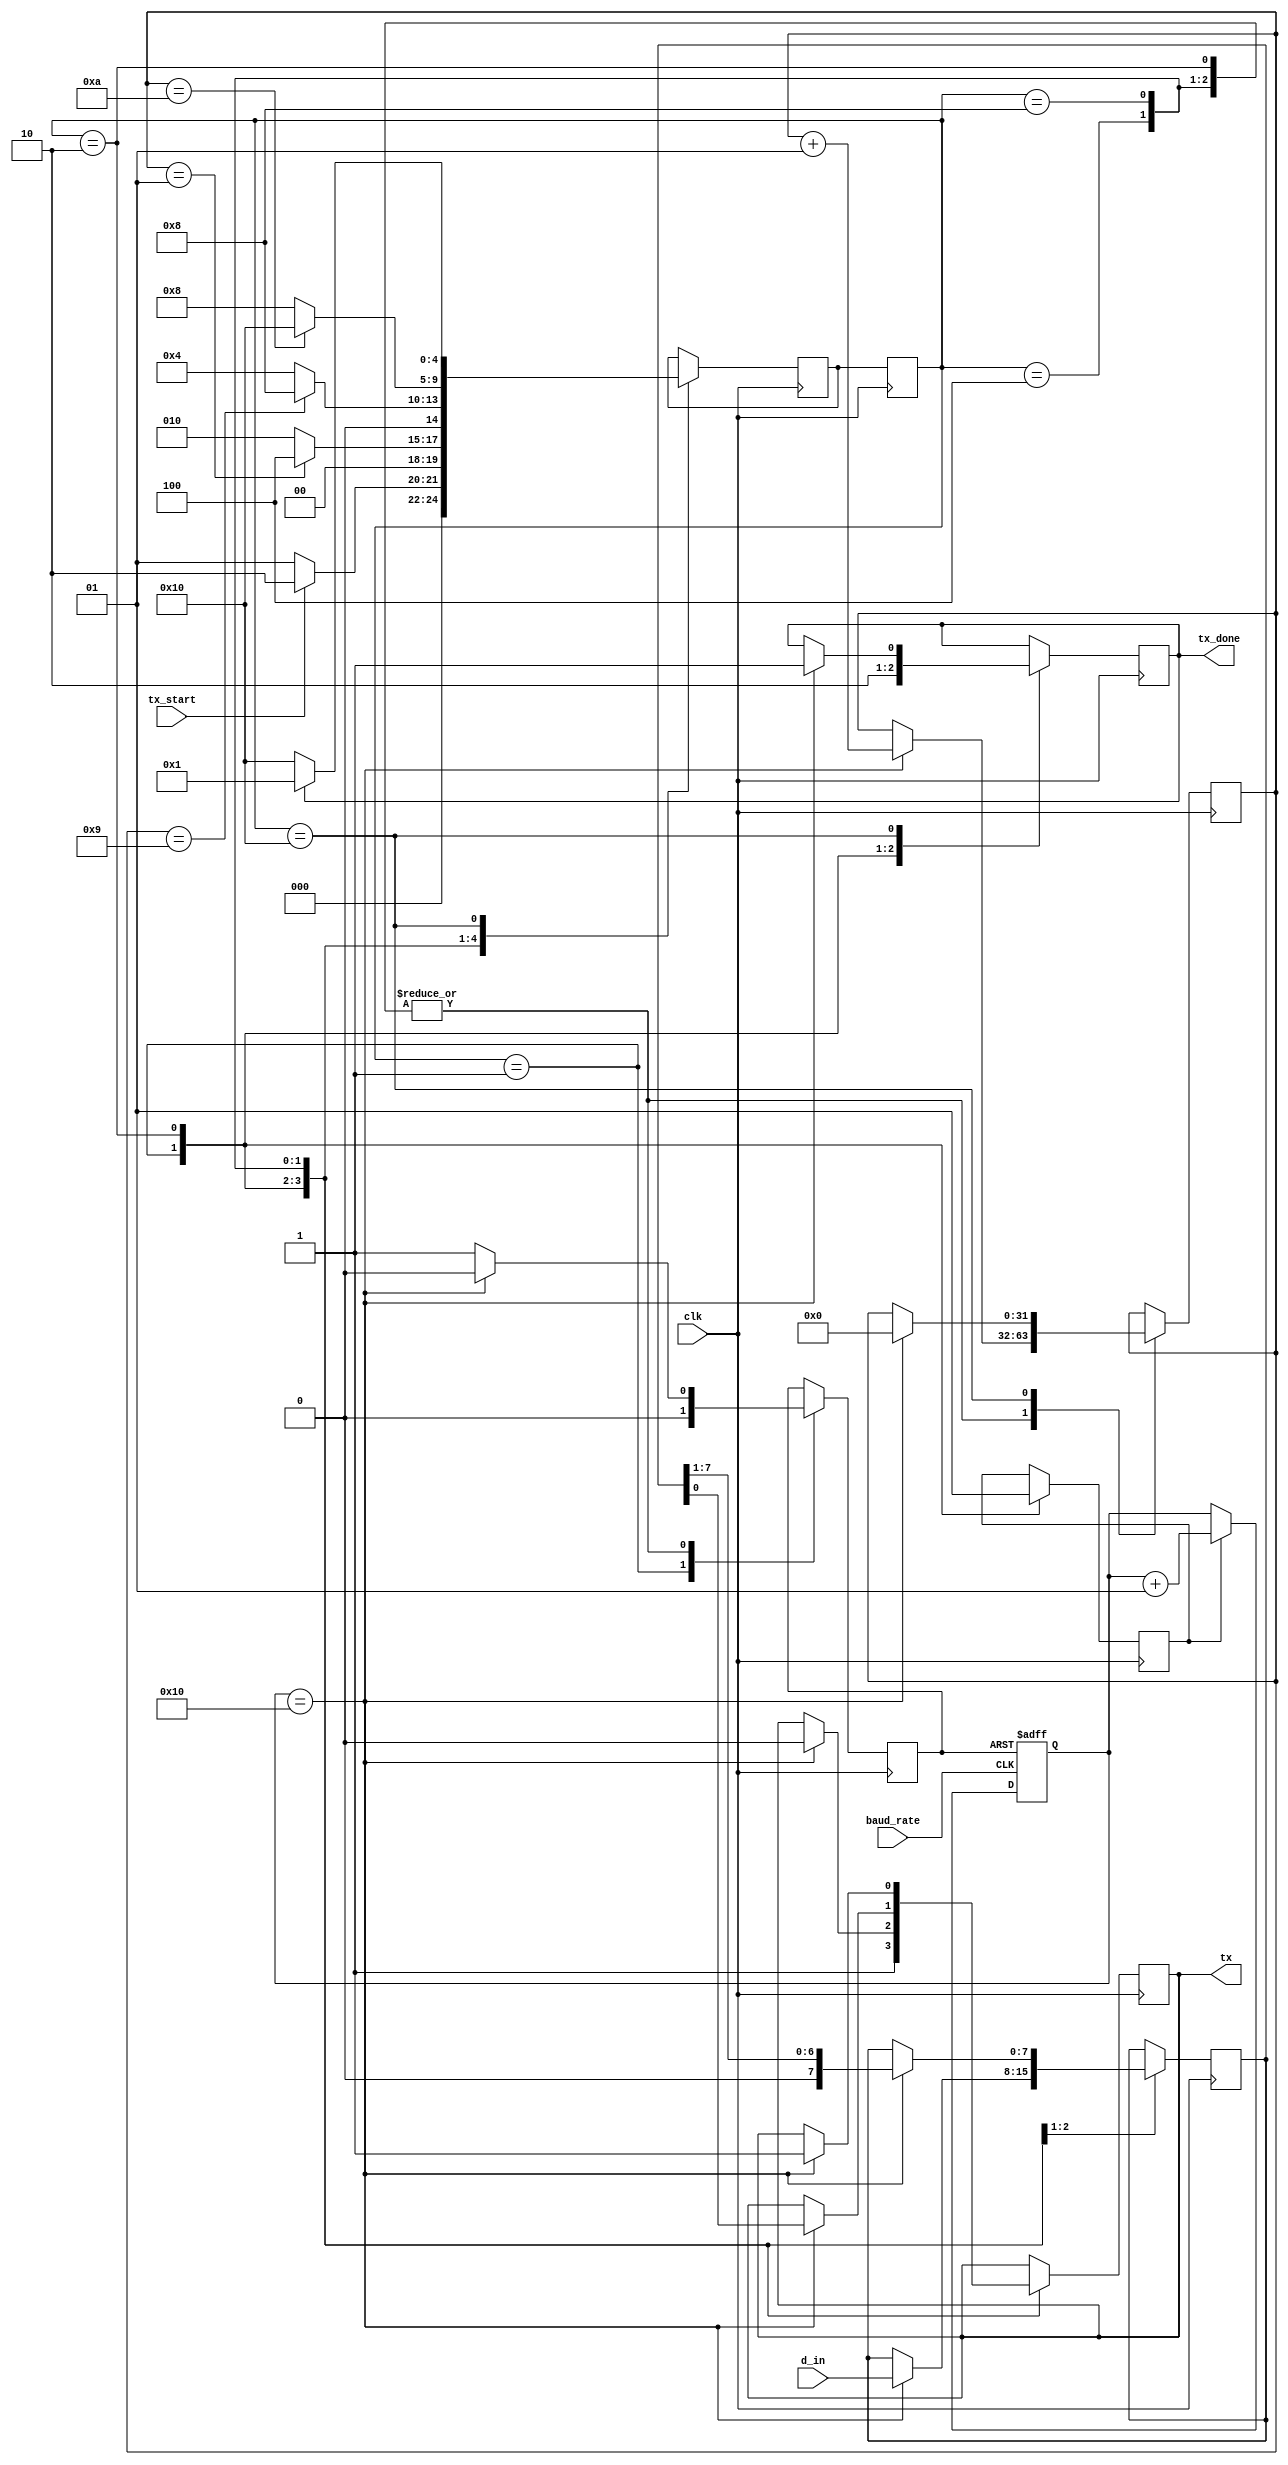
module TX
	#( parameter stateA = 'b00001,
		parameter stateB = 'b00010,
		parameter stateC = 'b00100,
		parameter stateD = 'b01000,
		parameter stateE = 'b10000)
	(input clk,
    input baud_rate,
    input [7:0]d_in,
    input tx_start,
    output reg tx,
    output reg tx_done);

	reg [4:0] state = stateA;
	reg [4:0] next_state = stateA;
	
	reg tick_enable = 0;
	integer count = 0;
	reg rst_count = 1;
	integer bit_count = 0;
   reg [7:0] d_aux;
	
	
	always@(posedge clk)
	begin
		state=next_state;
	end

    always@(posedge clk)
    begin
        case(state)
            stateA:
                if(tx_start == 1) next_state = stateB;
                else next_state = stateA;
            stateB:
                if(bit_count == 1) next_state = stateC;
                else next_state = stateB;
            stateC:
                if(bit_count == 9) next_state = stateD;
                else next_state = stateC;
            stateD:
                if(bit_count == 10) next_state = stateE;
                else next_state =  stateD;
            stateE:
                if(tx_done == 1) next_state = stateA;
                else next_state = stateE;
        endcase
    end

    always@(posedge clk)
    begin
        case(state)
            stateA:
            begin
                tx = 1;
                tx_done = 1;
                rst_count = 0;
					 tick_enable = 0;
            end
            stateB:
            begin
					tx_done = 0;
					rst_count = 1;
					tick_enable = 1;
					if(count == 16)
					begin
					  tx = 0;
					  d_aux = d_in;
					  bit_count = bit_count + 1;
					  rst_count = 0;
					end
            end
            stateC:
            begin
					rst_count = 1;
					if(count == 16)
					begin
					  tx = d_aux[0];
					  d_aux = d_aux >> 1;
					  bit_count = bit_count + 1;
					  rst_count = 0;
					end
            end
            stateD:
				begin
					rst_count = 1;
					if(count == 16)
					begin
						tx = 1;
						bit_count = bit_count + 1;
						rst_count = 0;
					end
            end
            stateE:
            begin
					if(count == 16)
					begin
						bit_count = 0;
						tx_done = 1;
					end
            end
        endcase
    end
                
                
always@(posedge baud_rate or negedge rst_count)
    begin
		if(rst_count == 0) count = 0;
		else
		begin
			if(tick_enable == 1)count = count + 1;
		end
    end
	
endmodule